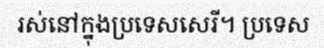
រស់នៅក្នុងប្រទេសសេរី។ ប្រទេស